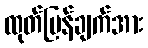
ထုတ်ပြန်ချက်အား